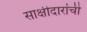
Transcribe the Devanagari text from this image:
साक्षीदारांची